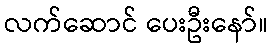
လက်ဆောင် ပေးဦးနော်။